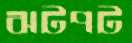
ঝটপট